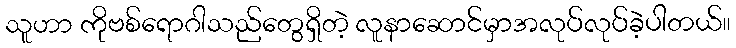
သူဟာ ကိုဗစ်ရောဂါသည်တွေရှိတဲ့ လူနာဆောင်မှာအလုပ်လုပ်ခဲ့ပါတယ်။